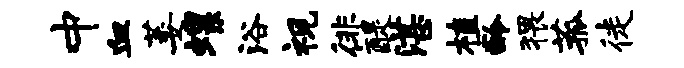
中血萎螺浴视徘醍湛植龄猥菰徒